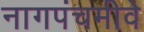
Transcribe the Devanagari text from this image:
नागपंचमीवे